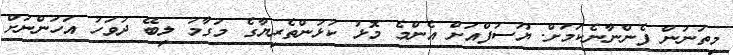
މިތަނުން ފެންނާނެކަމަށް. ޔޫސުފްއަށް އެންމެ މޮޅު ކުޅުންތެރިޔާގެ މަގާމު ލިބޭ ދުވަހު އަހަންނަށް